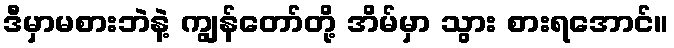
ဒီမှာမစားဘဲနဲ့ ကျွန်တော်တို့ အိမ်မှာ သွား စားရအောင်။